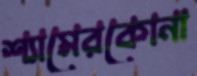
শ্যামেরকোনা